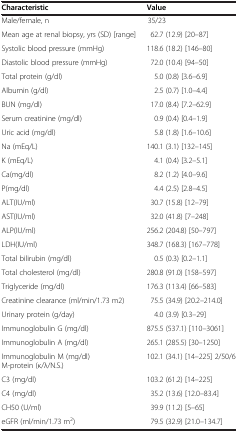
<table><thead><tr><td><b>Characteristic</b></td><td><b>Value</b></td></tr></thead><tbody><tr><td>Male/female, n</td><td>35/23</td></tr><tr><td>Mean age at renal biopsy, yrs (SD) [range]</td><td>62.7 (12.9) [20–87]</td></tr><tr><td>Systolic blood pressure (mmHg)</td><td>118.6 (18.2) [146–80]</td></tr><tr><td>Diastolic blood pressure (mmHg)</td><td>72.0 (10.4) [94–50]</td></tr><tr><td>Total protein (g/dl)</td><td>5.0 (0.8) [3.6–6.9]</td></tr><tr><td>Albumin (g/dl)</td><td>2.5 (0.7) [1.0–4.4]</td></tr><tr><td>BUN (mg/dl)</td><td>17.0 (8.4) [7.2–62.9]</td></tr><tr><td>Serum creatinine (mg/dl)</td><td>0.9 (0.4) [0.4–1.9]</td></tr><tr><td>Uric acid (mg/dl)</td><td>5.8 (1.8) [1.6–10.6]</td></tr><tr><td>Na (mEq/L)</td><td>140.1 (3.1) [132–145]</td></tr><tr><td>K (mEq/L)</td><td>4.1 (0.4) [3.2–5.1]</td></tr><tr><td>Ca(mg/dl)</td><td>8.2 (1.2) [4.0–9.6]</td></tr><tr><td>P(mg/dl)</td><td>4.4 (2.5) [2.8–4.5]</td></tr><tr><td>ALT(IU/ml)</td><td>30.7 (15.8) [12–79]</td></tr><tr><td>AST(IU/ml)</td><td>32.0 (41.8) [7–248]</td></tr><tr><td>ALP(IU/ml)</td><td>256.2 (204.8) [50–797]</td></tr><tr><td>LDH(IU/ml)</td><td>348.7 (168.3) [167–778]</td></tr><tr><td>Total bilirubin (mg/dl)</td><td>0.5 (0.3) [0.2–1.1]</td></tr><tr><td>Total cholesterol (mg/dl)</td><td>280.8 (91.0) [158–597]</td></tr><tr><td>Triglyceride (mg/dl)</td><td>176.3 (113.4) [66–583]</td></tr><tr><td>Creatinine clearance (ml/min/1.73 m2)</td><td>75.5 (34.9) [20.2–214.0]</td></tr><tr><td>Urinary protein (g/day)</td><td>4.0 (3.9) [0.3–29]</td></tr><tr><td>Immunoglobulin G (mg/dl)</td><td>875.5 (537.1) [110–3061]</td></tr><tr><td>Immunoglobulin A (mg/dl)</td><td>265.1 (285.5) [30–1250]</td></tr><tr><td>Immunoglobulin M (mg/dl) M-protein (κ/λ/N.S.)</td><td>102.1 (34.1) [14–225] 2/50/6</td></tr><tr><td>C3 (mg/dl)</td><td>103.2 (61.2) [14–225]</td></tr><tr><td>C4 (mg/dl)</td><td>35.2 (13.6) [12.0–83.4]</td></tr><tr><td>CH50 (U/ml)</td><td>39.9 (11.2) [5–65]</td></tr><tr><td>eGFR (ml/min/1.73 m<sup>2</sup>)</td><td>79.5 (32.9) [21.0–134.7]</td></tr></tbody></table>